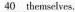
\underline { 4 0 } themselves.